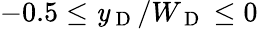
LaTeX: -0.5\leq\mathit{y}_{\mathrm{{~D~}}}/W_{\mathrm{{~D~}}}\leq0